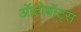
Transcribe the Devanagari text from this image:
ऑटोबॉट्स